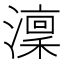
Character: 澟